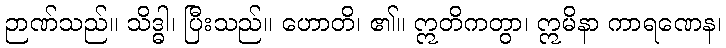
ဉာဏ်သည်။ သိဒ္ဓါ၊ ပြီးသည်။ ဟောတိ၊ ၏။ ဣတိကတွာ၊ ဣမိနာ ကာရဏေန၊